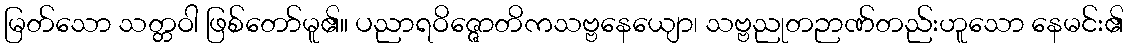
မြတ်သော သတ္တဝါ ဖြစ်တော်မူ၏။ ပညာရဝိဇ္ဇောတိကသဗ္ဗနေယျော၊ သဗ္ဗညုတဉာဏ်တည်းဟူသော နေမင်း၏